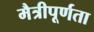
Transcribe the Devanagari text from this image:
मैत्रीपूर्णता